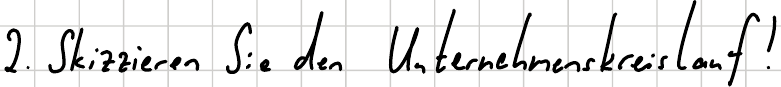
2. Skizzieren Sie den Unternehmenskreislauf!